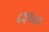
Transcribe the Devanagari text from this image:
८३१८१